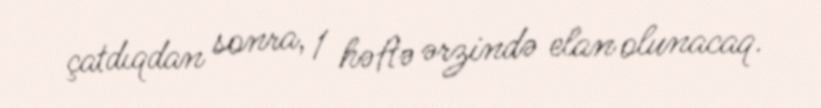
çatdıqdan sonra, 1 həftə ərzində elan olunacaq.